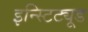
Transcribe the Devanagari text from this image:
इन्स्टिट्यूड